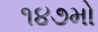
૧૪૭મો